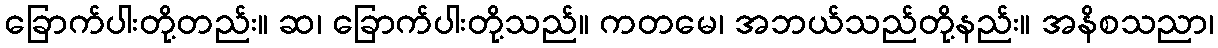
ခြောက်ပါးတို့တည်း။ ဆ၊ ခြောက်ပါးတို့သည်။ ကတမေ၊ အဘယ်သည်တို့နည်း။ အနိစသညာ၊